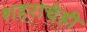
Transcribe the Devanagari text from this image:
शहराचेही